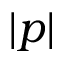
| p |